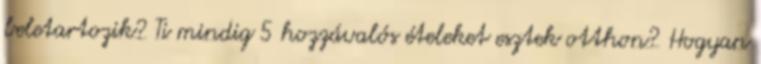
beletartozik? Ti mindig 5 hozzávalós ételeket esztek otthon? Hogyan